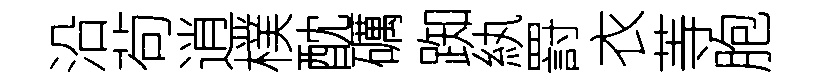
沿茍逍樸酖礪踟紈罸衣䓁胞